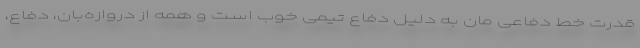
قدرت خط دفاعی مان به دلیل دفاع تیمی خوب است و همه از دروازه‌بان، دفاع،